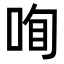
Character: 𠲾